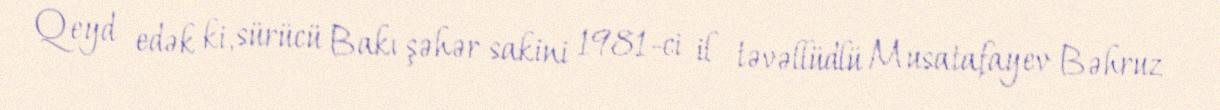
Qeyd edək ki, sürücü Bakı şəhər sakini 1981-ci il təvəllüdlü Musatafayev Bəhruz